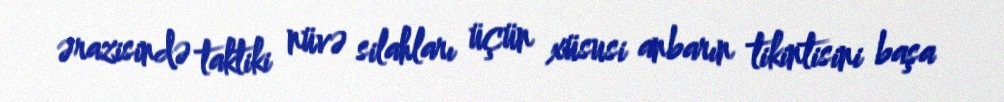
ərazisində taktiki nüvə silahları üçün xüsusi anbarın tikintisini başa